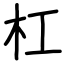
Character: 杠